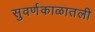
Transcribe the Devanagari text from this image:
सुवर्णकाळातली